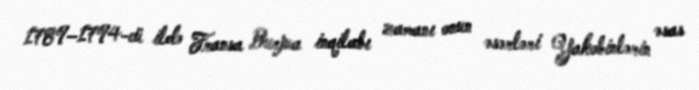
1789–1794-cü ildə Fransa Burjua inqilabı zamanı onun əsərləri Yakobinlərin əsas